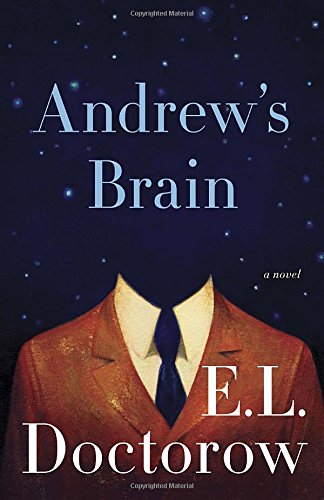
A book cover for Andrew's Brain: A Novel; E.L. Doctorow; Literature & Fiction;